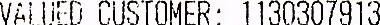
VALUED CUSTOMER: 1130307913